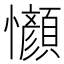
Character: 𫻤